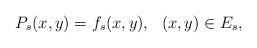
LaTeX: \begin{align*}P_s(x,y)=f_s(x,y),\ \ (x,y)\in E_s,\end{align*}